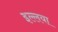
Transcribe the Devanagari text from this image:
इल्लया